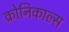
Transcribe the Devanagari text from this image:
क्रोनिकाल्स